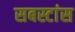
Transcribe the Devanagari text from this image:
सबस्टांस